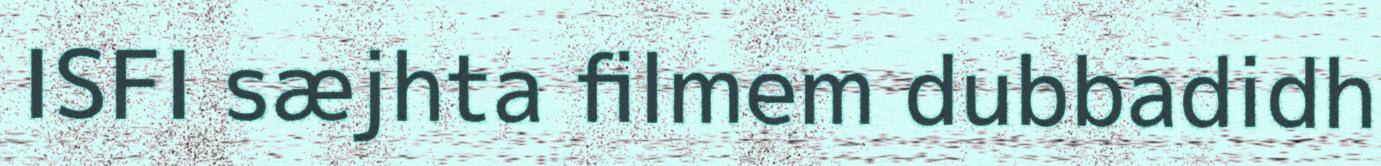
ISFI sæjhta filmem dubbadidh